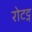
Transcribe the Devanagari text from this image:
रोटट्न